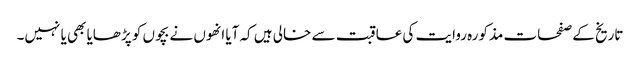
تاریخ کے صفحات مذکورہ روایت کی عاقبت سے خالی ہیں کہ آیا انھوں نے بچوں کو پڑھایا بھی یا نہیں۔